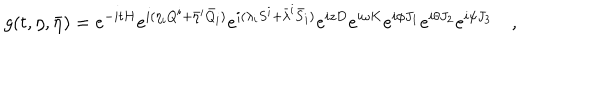
g ( t , \eta , \bar { \eta } ) = e ^ { - i t H } e ^ { i ( \eta _ { i } Q ^ { i } + \bar { \eta } ^ { i } \bar { Q } _ { i } ) } e ^ { i ( \lambda _ { i } S ^ { i } + \bar { \lambda } ^ { i } \bar { S } _ { i } ) } e ^ { i z D } e ^ { i \omega K } e ^ { i \phi J _ { 1 } } e ^ { i \theta J _ { 2 } } e ^ { i \psi J _ { 3 } } \quad ,